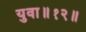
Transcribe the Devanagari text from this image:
युवा॥१२॥